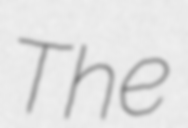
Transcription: The